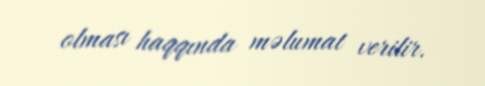
olması haqqında məlumat verilir.